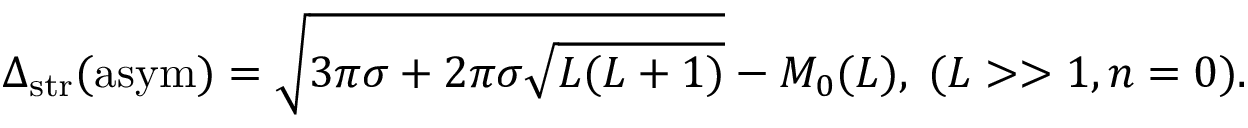
\Delta _ { \mathrm { s t r } } ( \mathrm { a s y m } ) = \sqrt { 3 \pi \sigma + 2 \pi \sigma \sqrt { L ( L + 1 ) } } - M _ { 0 } ( L ) , \; ( L > > 1 , n = 0 ) .